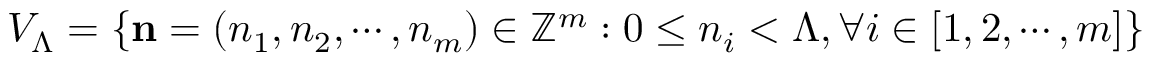
V _ { \Lambda } = \{ \mathbf { n } = \left( n _ { 1 } , n _ { 2 } , \cdots , n _ { m } \right) \in \mathbb { Z } ^ { m } : 0 \le n _ { i } < \Lambda , \forall i \in [ 1 , 2 , \cdots , m ] \}